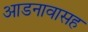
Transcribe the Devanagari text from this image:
आडनावासह